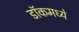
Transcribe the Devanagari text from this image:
डॉकमध्ये